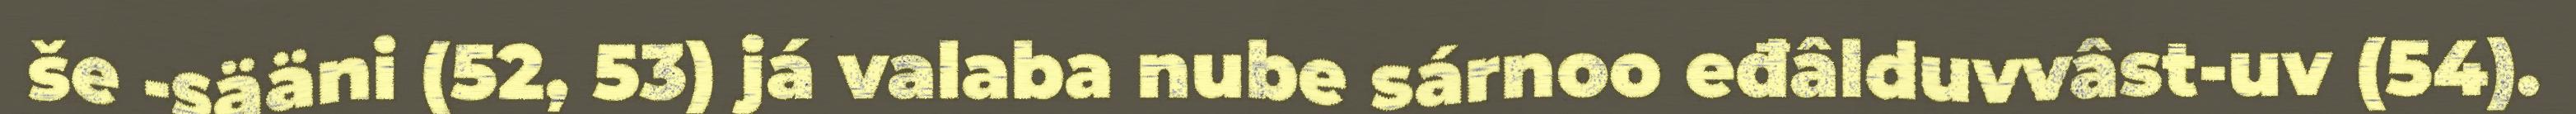
še -sääni (52, 53) já valaba nube sárnoo eđâlduvvâst-uv (54).